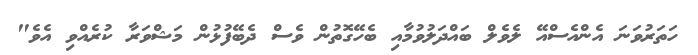
ހަތަރުވަނަ އެންއެސްއޭ ލެވެލް ބައްދަލުވުމާއި ބެހޭގޮތުން ވެސް ދެބޭފުޅުން މަޝްވަރާ ކުރެއްވި އެވެ"